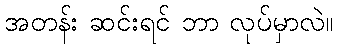
အတန်း ဆင်းရင် ဘာ လုပ်မှာလဲ။